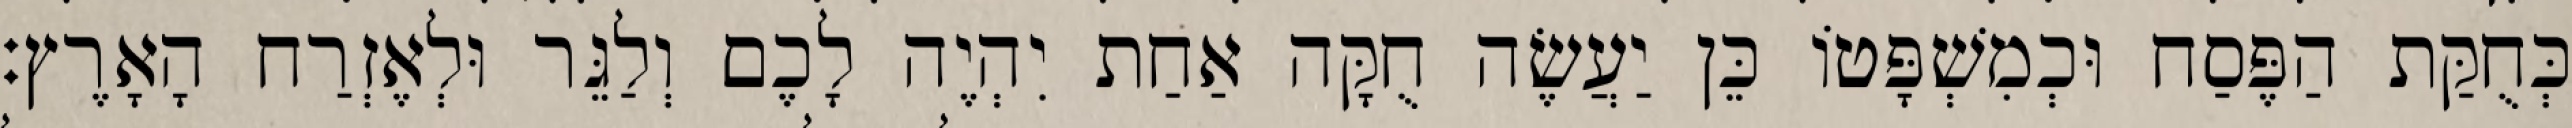
כְּחֻקַּת הַפֶּסַח וּכְמִשְׁפָּטוֹ כֵּן יַעֲשֶׂה חֻקָּה אַחַת יִהְיֶה לָכֶם וְלַגֵּר וּלְאֶזְרַח הָאָרֶץ׃